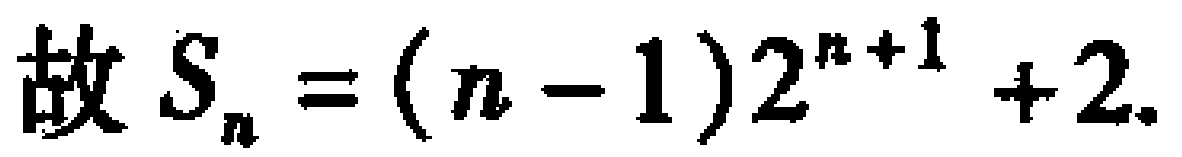
故 \(S_{n}=(n - 1)2^{n + 1}+2\).